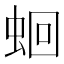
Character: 蛔